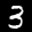
Label: 3